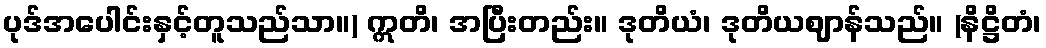
ပုဒ်အပေါင်းနှင့်တူသည်သာ။) ဣတိ၊ အပြီးတည်း။ ဒုတိယံ၊ ဒုတိယဈာန်သည်။ (နိဋ္ဌိတံ၊